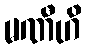
မဏီဟိ